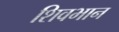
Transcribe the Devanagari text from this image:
शिवभान